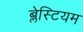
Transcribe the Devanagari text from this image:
ब्लेस्टियम